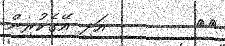
٢٧        އަދި އޭގެކުރިން